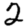
Digit: 2